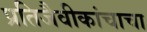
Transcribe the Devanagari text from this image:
प्रतिजैवीकांचाचा